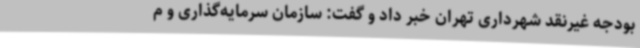
بودجه غیرنقد شهرداری تهران خبر داد و گفت: سازمان سرمایه‌گذاری و م